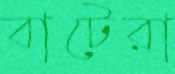
বাটেরা